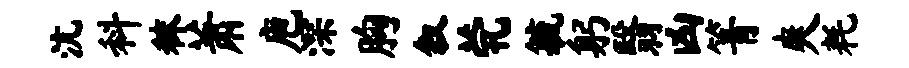
沆料秣萧庖深胸叙茕毓躬翳凶箐爽耗